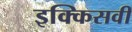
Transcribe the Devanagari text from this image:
इक्किसवीं